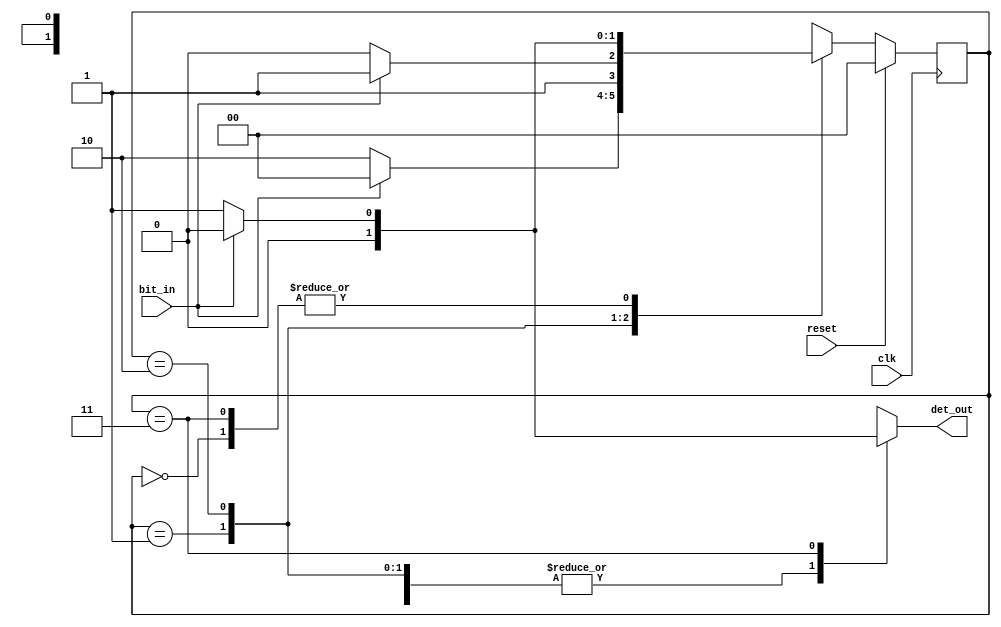
// Serial Input BitStream Pattern Detector
module fsm_bspd(clk, reset, bit_in, det_out);
input 	clk, reset, bit_in;
output 	reg det_out;

parameter s0 = 2'b00;
parameter s1 = 2'b01;
parameter s2 = 2'b10;
parameter s3 = 2'b11;

//c_t = current state
//n_t = next state
reg [1:0] c_t, n_t;//n_t declare is not used
//CS
always@(posedge clk)
begin
    if(reset)
        c_t <= s0;
    else
    begin
    	c_t <= n_t;
    end   
end

//NS and OL
 always@(*)
begin
    case(c_t)
    s0: begin n_t = bit_in? s0 : s1; det_out = bit_in? 1'b0 : 1'b0; end
    s1: begin n_t = bit_in? s0 : s2; det_out = bit_in? 1'b0 : 1'b0; end
    s2: begin n_t = bit_in? s3 : s2; det_out = bit_in? 1'b0 : 1'b0; end
    s3: begin n_t = bit_in? s0 : s1; det_out = bit_in? 1'b0 : 1'b1; end
    default:
        det_out = 0;
    endcase
end

endmodule